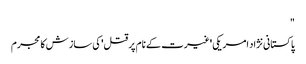
"
پاکستانی نژاد امریکی 'غیرت کے نام پر قتل' کی ساز ش کا مجرم